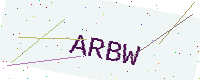
Text: ARBW